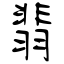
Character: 翡